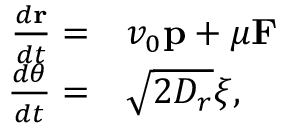
\begin{array} { r l } { \frac { d \mathbf { r } } { d t } = } & { { } v _ { 0 } \mathbf { p } + \mu \mathbf { F } } \\ { \frac { d \theta } { d t } = } & { { } \sqrt { 2 D _ { r } } \xi , } \end{array}